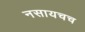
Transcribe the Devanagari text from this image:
नसायचच